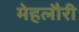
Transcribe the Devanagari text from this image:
मेहलौरी